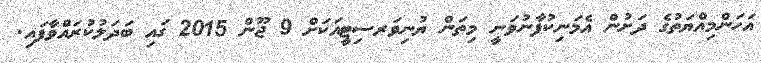
އަހަންމިއްޔަތުގެ ދަށުން އެމަނިކުފާނުވަނީ މިތަން ޔުނިވަރސިޓީއަކަށް 9 ޖޫން 2015 ގައި ބަދަލުކުރައްވާފައި.